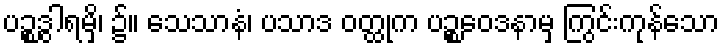
ပဉ္စဒွါရမှိ၊ ၌။ သေသာနံ၊ ပသာဒ ဝတ္ထုက ပဉ္စဝေဒနာမှ ကြွင်းကုန်သော